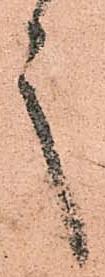
言